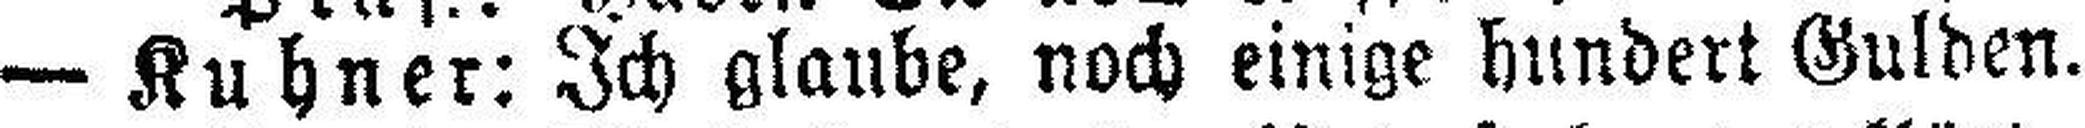
— Kuhner: Ich glaube, noch einige hundert Gulden.